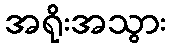
အရိုးအသွား